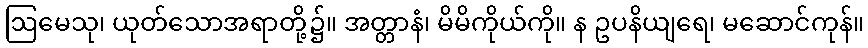
ဩမေသု၊ ယုတ်သောအရာတို့၌။ အတ္တာနံ၊ မိမိကိုယ်ကို။ န ဥပနိယျရေ၊ မဆောင်ကုန်။